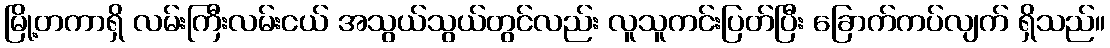
မြို့တကာရှိ လမ်းကြီးလမ်းငယ် အသွယ်သွယ်တွင်လည်း လူသူကင်းပြတ်ပြီး ခြောက်ကပ်လျက် ရှိသည်။